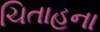
ચિતાહના